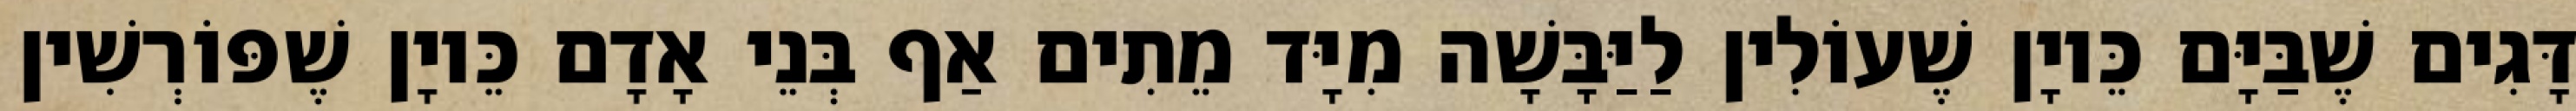
דָּגִים שֶׁבַּיָּם כֵּיוָן שֶׁעוֹלִין לַיַּבָּשָׁה מִיָּד מֵתִים אַף בְּנֵי אָדָם כֵּיוָן שֶׁפּוֹרְשִׁין